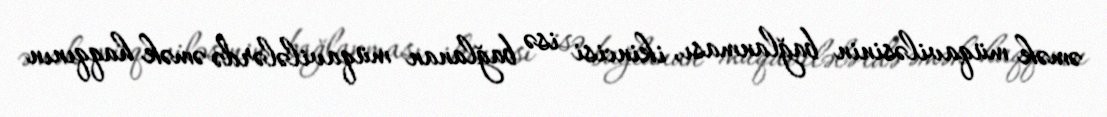
əmək müqaviləsinin bağlanması, ikincisi isə bağlanan müqavilələrdə əmək haqqının